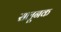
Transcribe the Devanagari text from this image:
सलूनक